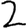
Digit: 2